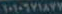
١٠١٠٦٧١٨٧٧